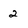
Character: 2